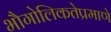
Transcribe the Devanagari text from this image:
भौगोलिकतेप्रमाणे